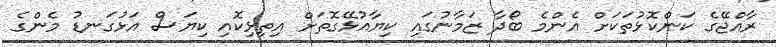
ރާއްޖޭގެ ކަންކޮޅުތަކަށް އެންމެ ބޯދާ ޒަމާނުގައި ކިޔާއުޅޭގޮތަށް އިތިޅިކޮއި ކިޔަސް އަޅުގަނޑު މެންގެ